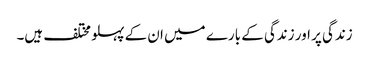
زندگی پر اور زندگی کے بارے میں ان کے پہلو مختلف ہیں۔